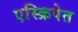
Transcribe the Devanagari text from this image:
एस्क्रिपेत